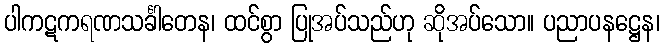
ပါကဋကရဏသင်္ခါတေန၊ ထင်စွာ ပြုအပ်သည်ဟု ဆိုအပ်သော။ ပညာပနဋ္ဌေန၊